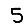
Digit: 5